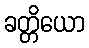
ခတ္တိယော